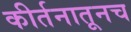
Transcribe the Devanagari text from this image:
कीर्तनातूनच